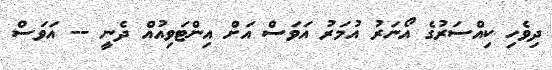
ދިވެހި ކިއްސަރުގެ އޯނަރު އުމަރު އަވަސް އަށް އިންޓަވިއުއް ދެނީ -- އަވަސް